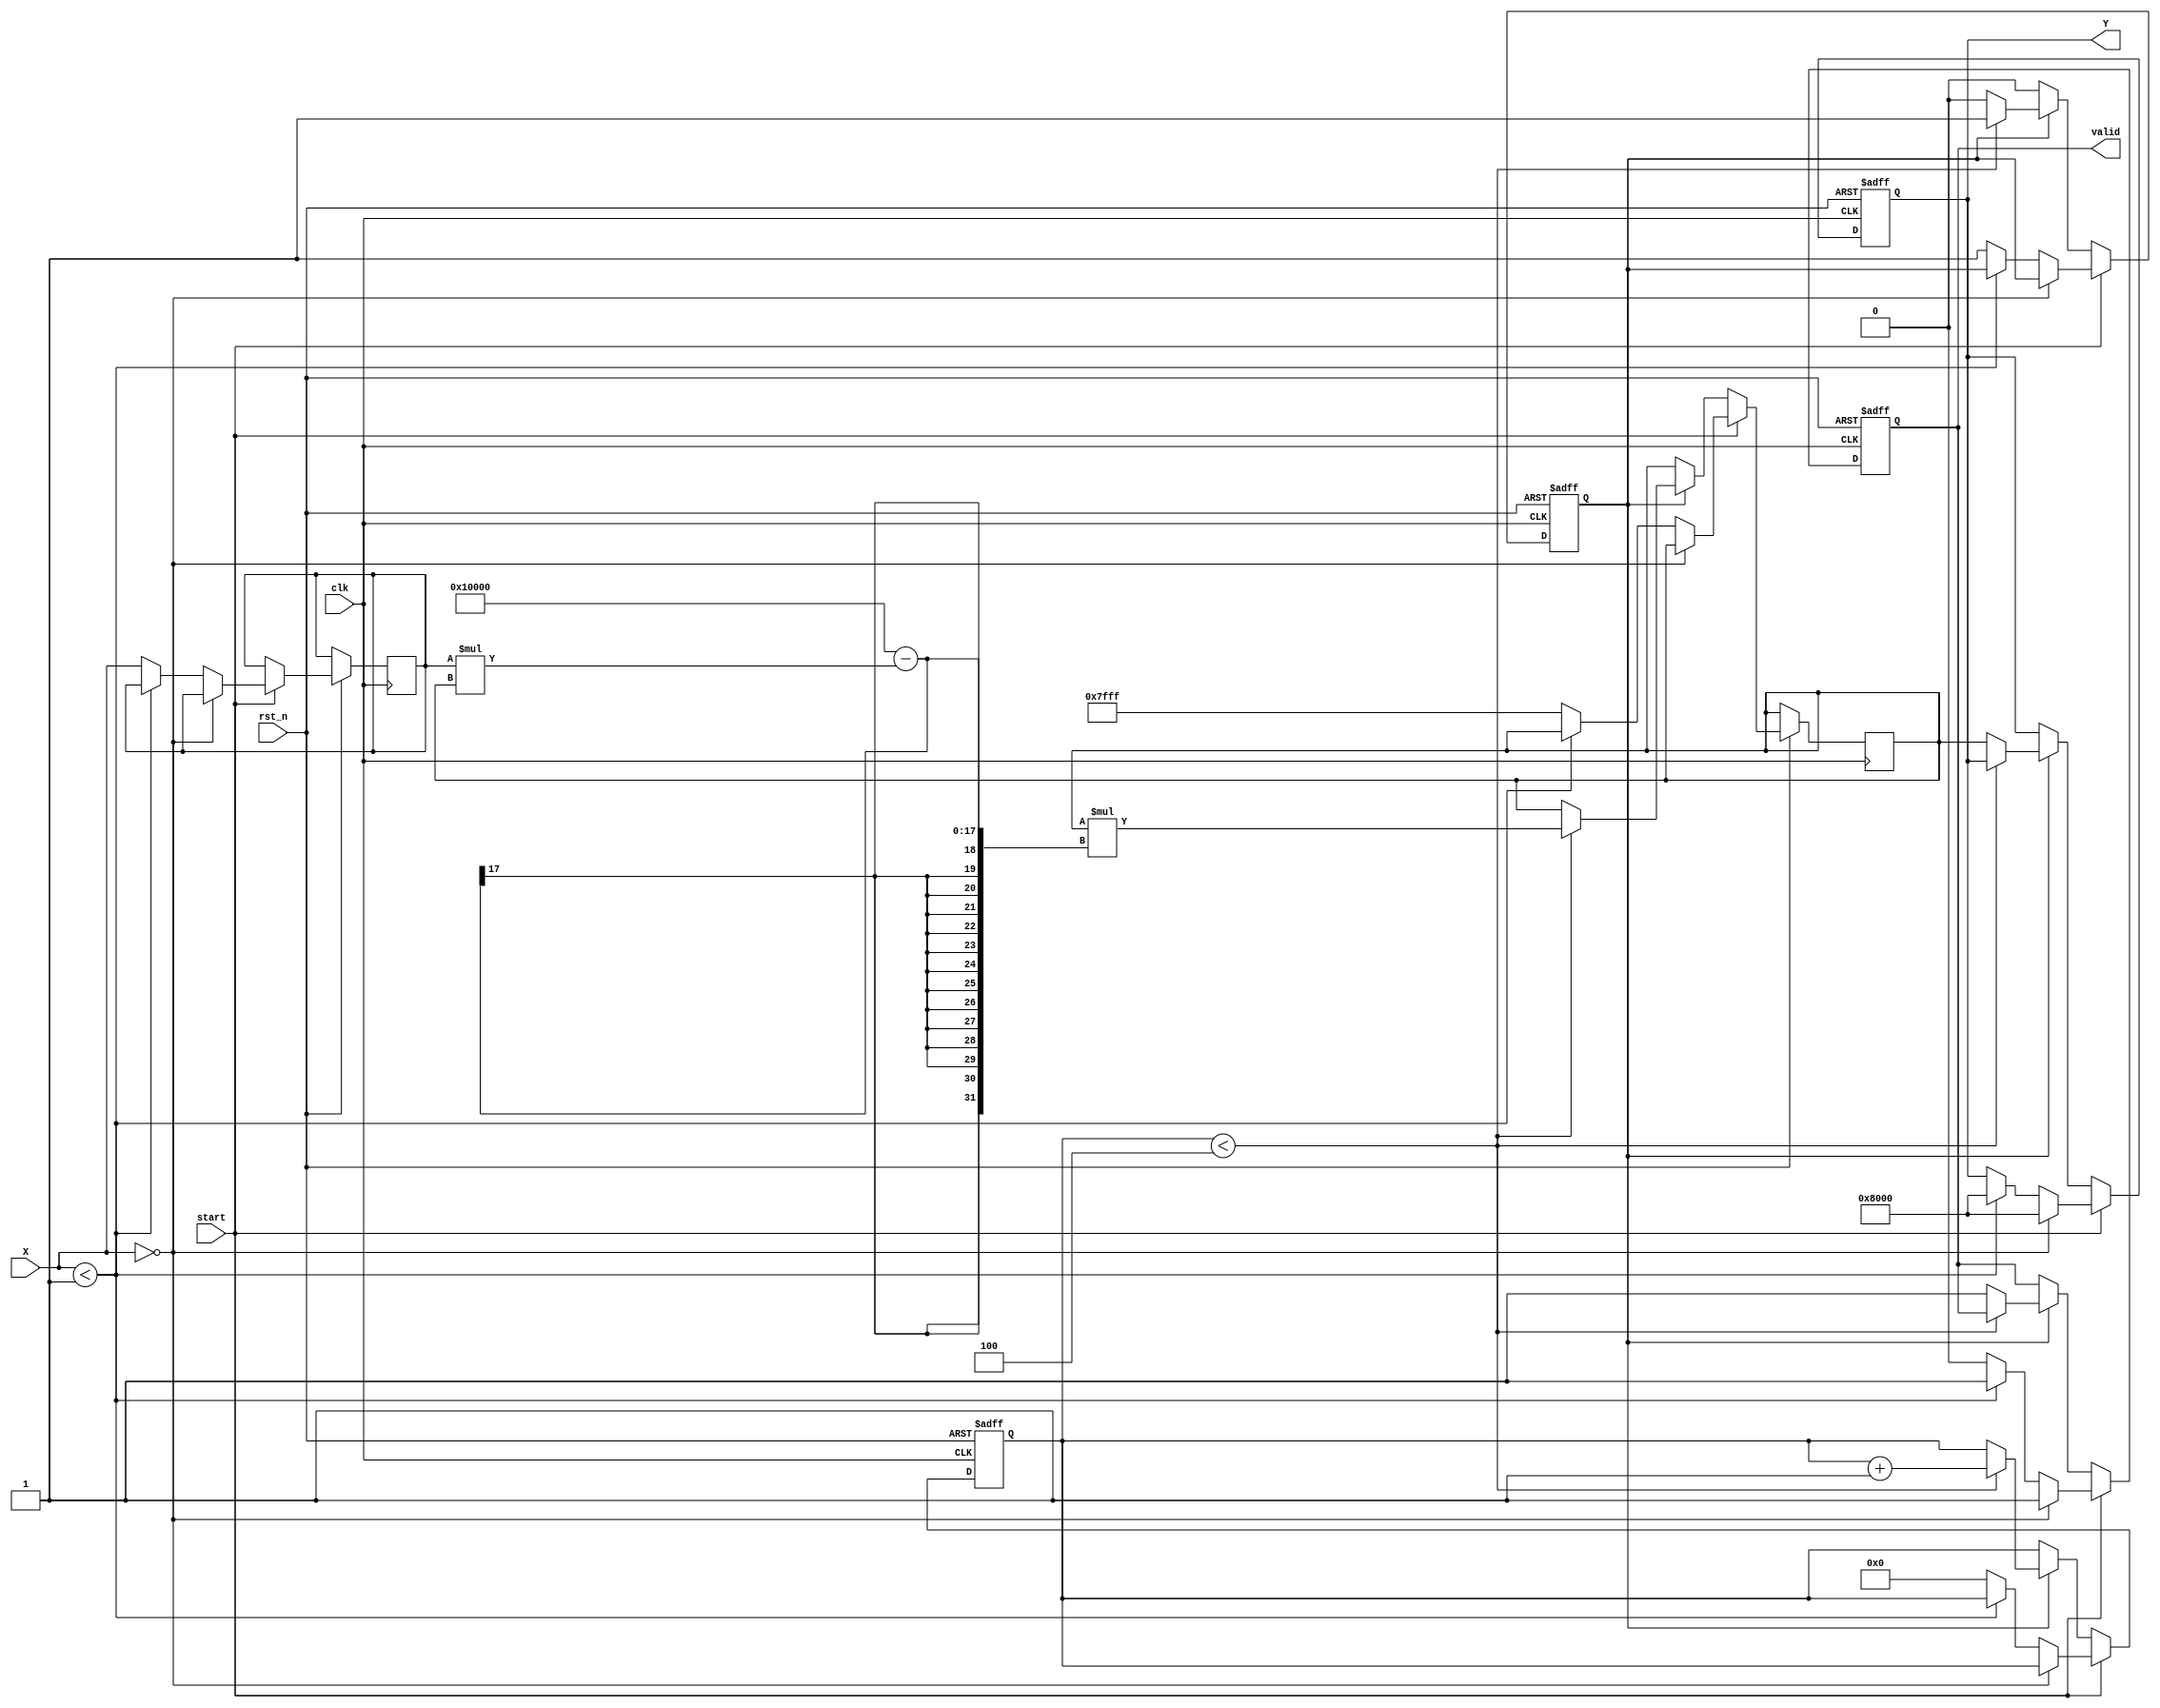
module binary_fractional_reciprocal #(
    parameter N = 16  // Width of the input and output
)(
    input  wire [N-1:0] X,    // Input data (fixed-point fractional)
    input  wire clk,           // Clock signal
    input  wire rst_n,         // Active low reset
    input  wire start,         // Start signal for the operation
    output reg [N-1:0] Y,      // Output data (reciprocal)
    output reg valid           // Output valid signal
);

// Internal signals
reg [N-1:0] x_reg;
reg [N-1:0] y_reg;
reg [N-1:0] temp;
reg [3:0] count; // Iteration counter
reg computing;   // Flag to indicate computation in progress

// Define a small threshold for handling very small values
localparam SMALL_VALUE_THRESHOLD = 16'h0001; // Adjust as necessary for your application

// Initialize output and valid signal
always @(posedge clk or negedge rst_n) begin
    if (!rst_n) begin
        Y <= 0;
        valid <= 0;
        computing <= 0;
        count <= 0;
    end else if (start) begin
        if (X == 0) begin
            Y <= {1'b1, {N-1{1'b0}}}; // Set to maximum value for zero input
            valid <= 1;
        end else if (X < SMALL_VALUE_THRESHOLD) begin
            Y <= {1'b1, {N-1{1'b0}}}; // Handle very small values
            valid <= 1;
        end else begin
            // Start Newton-Raphson iterations
            x_reg <= X;
            y_reg <= {1'b0, {N-1{1'b1}}}; // Initial guess (1)
            count <= 0;
            computing <= 1;
            valid <= 0;
        end
    end else if (computing) begin
        if (count < 4) begin // 4 iterations for convergence
            // Newton-Raphson formula: y = y * (2 - x * y)
            temp = x_reg * y_reg; // Calculate x * y
            y_reg <= y_reg * (2**N - temp); // Update y
            count <= count + 1;
        end else begin
            // Finished computing
            Y <= y_reg;
            valid <= 1; // Output is valid
            computing <= 0; // Reset computing flag
        end
    end
end

endmodule